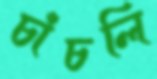
চাঁচলি